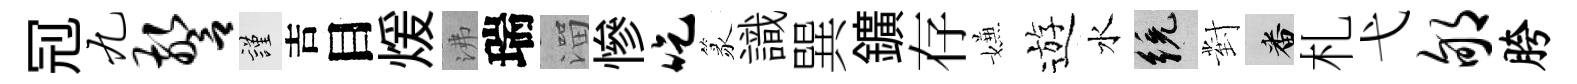
𠜍九警謹吉目煖沸瑞溜慘吃篆識巽鑛存嫌遊水統對番札弋郇胯